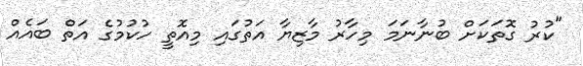
"ކުރު ގޮތަކަށް ބުނާނަމަ މިހާރު މާޒިޔާ އަތުގައި މިއޮތީ ހުކުމުގެ އަތް ބައެއް